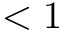
< 1